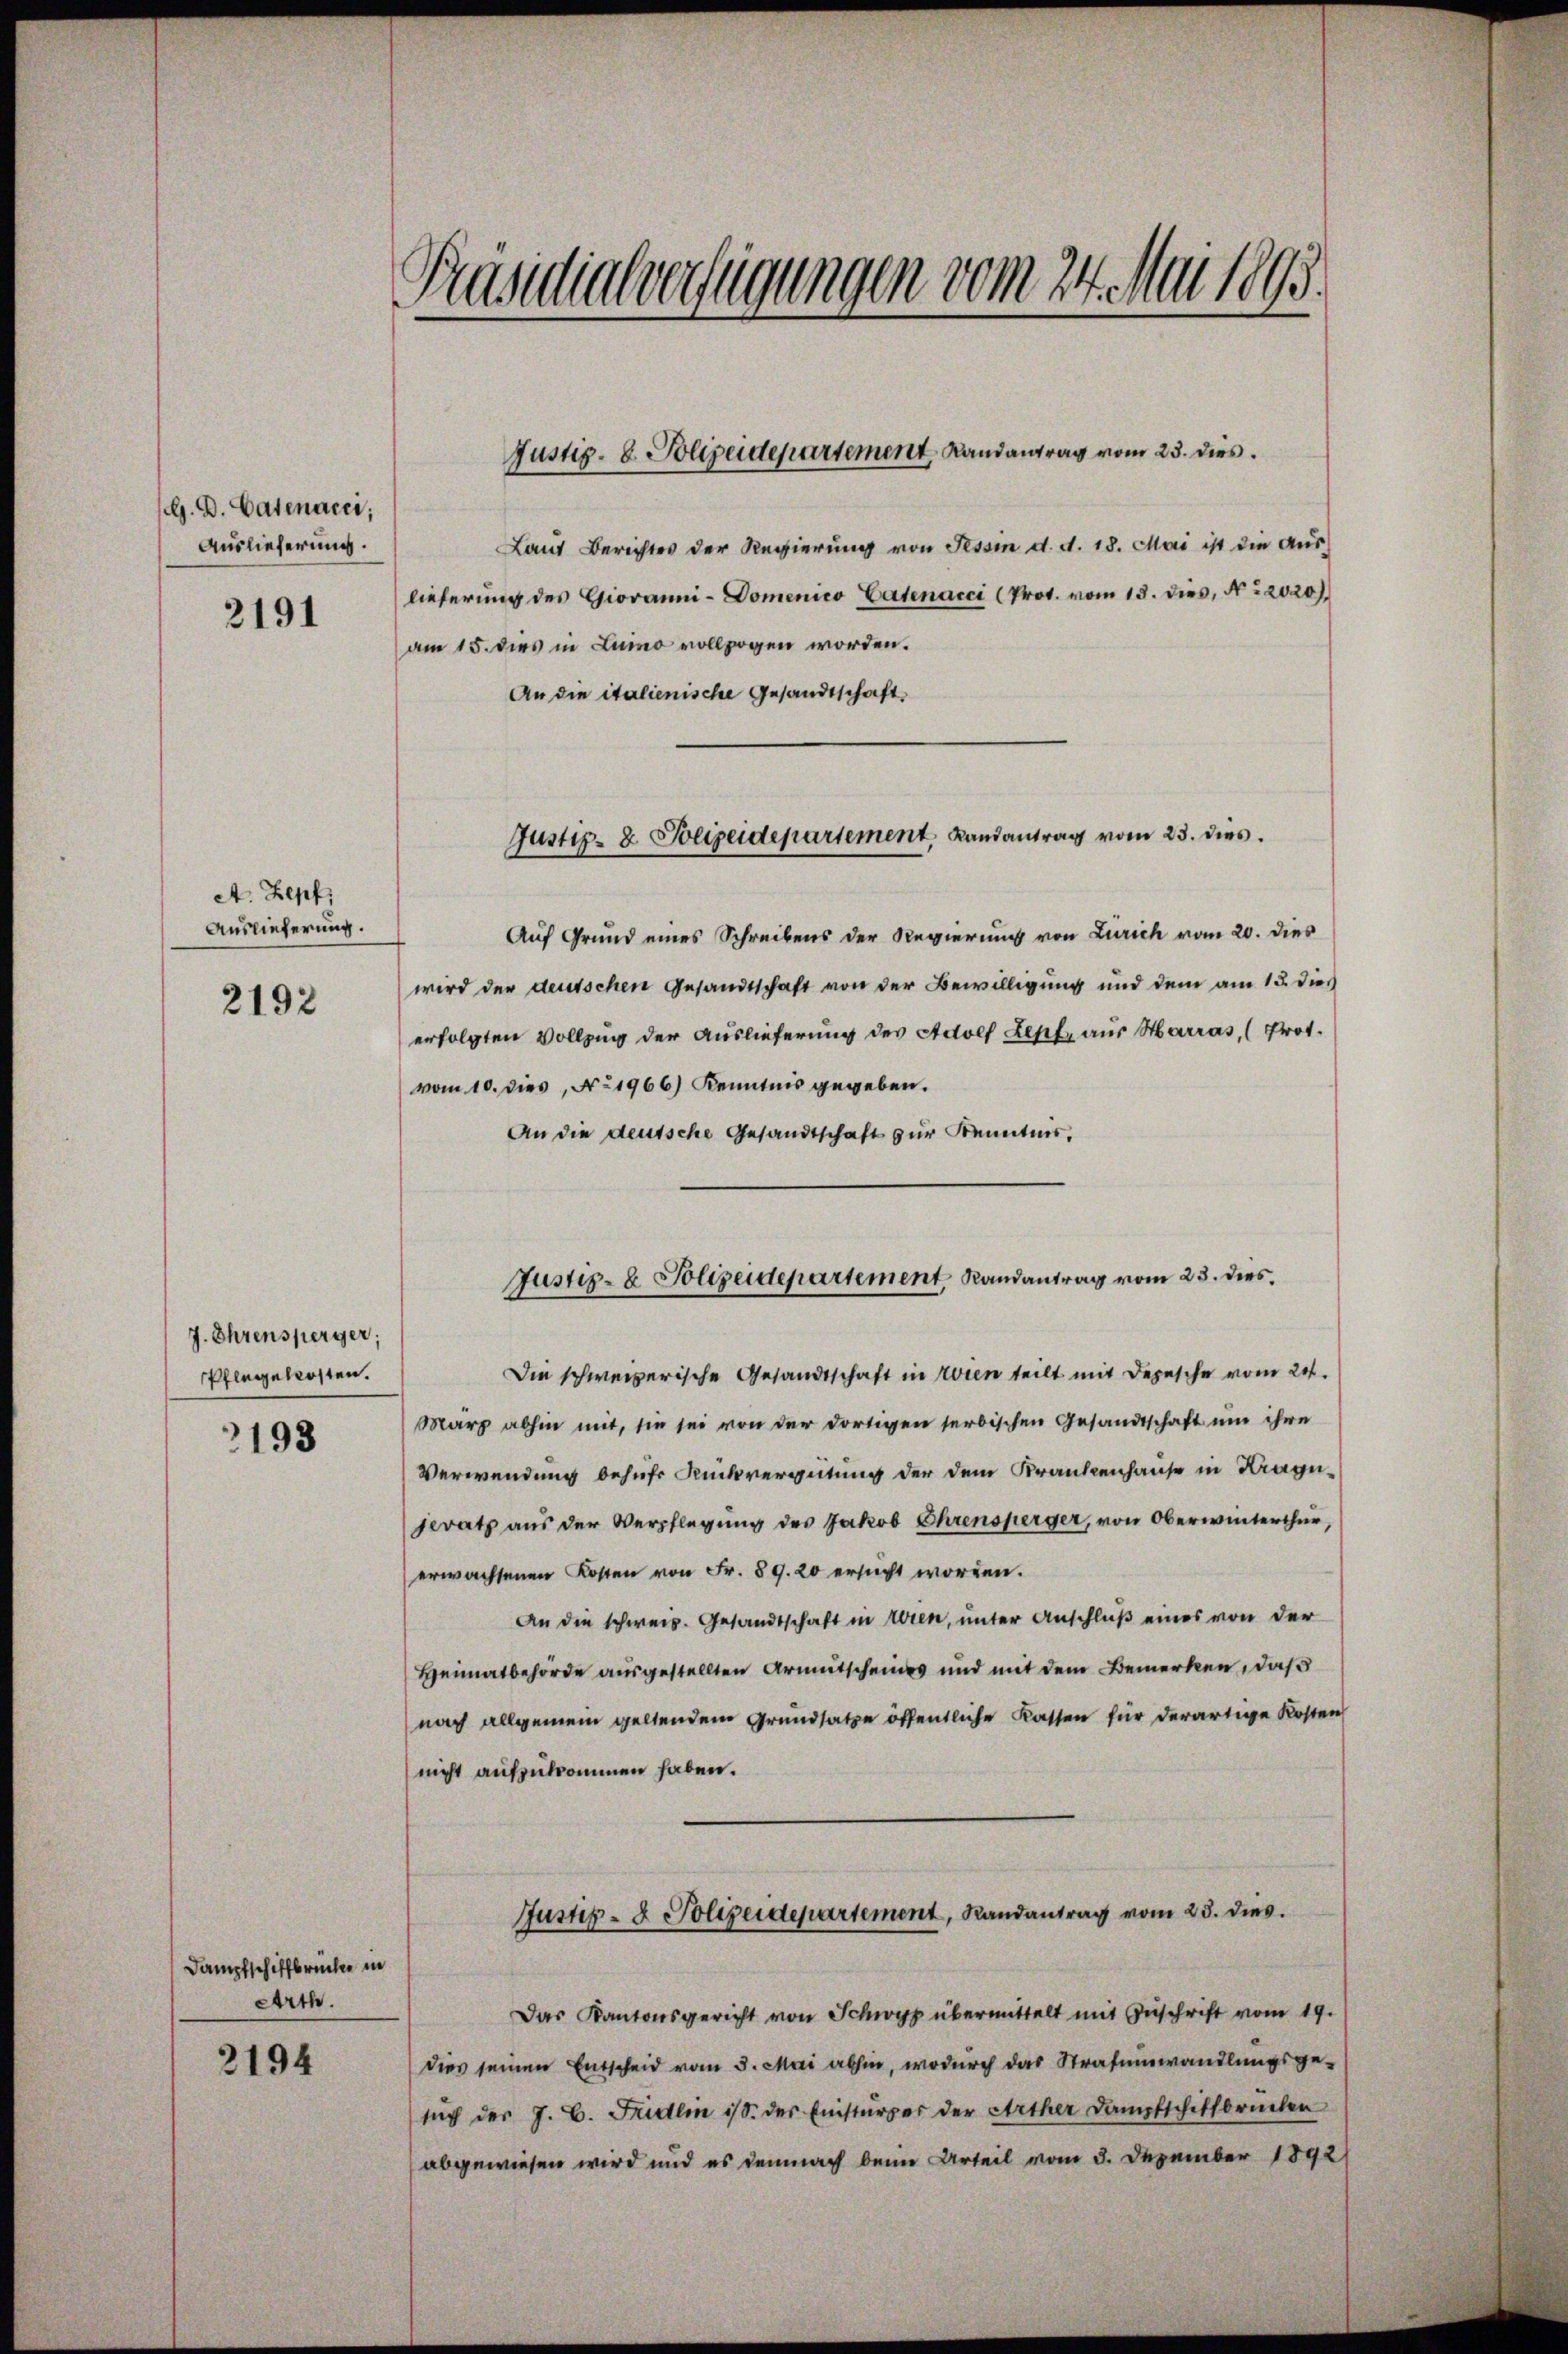
G. D. Catenacei;
Auslieferung.
2191

A. Zepf
Auslieferung.

2192

J. Ehrensperger;
Pflegelosten.

193

Dampfschiffbrücher in
Arth.
2194

Prasdialverfügungen vom 24. Mai 1863.

Laut Berichtes der Regierung von Tessin d. d. 18. Mai ist die Auslieferung des Giovanni-Domenico Catenacci (Prot. vom 13. dies, No 2020).
am 15. dies in Luino vollzogen worden.
An die italienische Gesandtschaft,
Auf Grund eines Schreibens der Regierung von Zürich vom 20. dies
wird der deutschen Gesandtschaft von der Bewilligung und dem am 13. dies
erfolgten Vollzug der Auslieferung des Adolf Lepfe aus Harras, (Prot.
vom 10. dies, No 1966) Kenntnis gegeben.
An die deutsche Gesandtschaft zur Kenntnis,
Justiz- & Polizeidepartement, Randantrag vom 23. dies

Justiz- & Polizeidepartement, Landantrag vom 23. dies

Justiz- & Polizeidepartement, Landantrag vom 23. dies

Die schweizerische Gesandtschaft in Wien teilt mit Depesche vom 24.
Marz abhin mit, sie sei von der dortigen serbischen Gesandtschaft um ihre
Verwendung behufs Rückvergütung der dem Krankenhause in Kragejerath aus der Verpflegung des Jakob Ehrensperger, von Oberwinterthur,
erwachsenen Kosten von Fr. 89. 20 ersŭcht worden.
An die schweiz. Gesandtschaft in Wien, unter Anschluß eines von der
Heimatbehörde ausgestellten Armutscheines und mit dem Bemerken, daß
nach allgemein geltendem Grundsatze öffentliche Kassen für derartige Kosten
nicht aufzukommen haben.
Justiz- & Polizeidepartement, Randantrag vom 23. dies
Das Kantonsgericht von Schwyz übermittelt mit Zŭschrift vom 19.
dies seinen Entscheid vom 5. Mai abhin, wodurch das Strafumwandlungsge-
sŭch der J. C. Fridlin ist. der Einstürzer der Arther Dampfschiffbrüchen
abgewiesen wird und es demnach beim Urteil vom 3. Dezember 1892